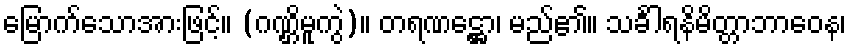
မြောက်သောအားဖြင့်။ (ဂဏ္ဌိမူကွဲ)။ တရဏဋ္ဌော၊ မည်၏။ သင်္ခါရနိမိတ္တာဘာဝေန၊